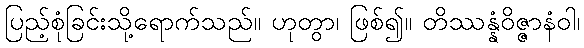
ပြည့်စုံခြင်းသို့ရောက်သည်။ ဟုတွာ၊ ဖြစ်၍။ တိဿန္နံဝိဇ္ဇာနံဝါ၊